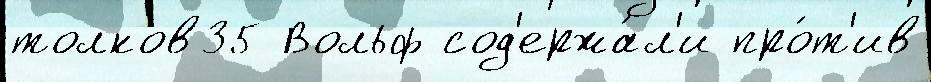
толков35 Вольф сод'ержа́л'и про́т'ив